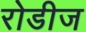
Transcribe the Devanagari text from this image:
रोडीज